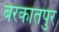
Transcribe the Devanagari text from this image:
बरकातपुर